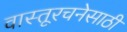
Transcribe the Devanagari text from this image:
वास्तूरचनेसाठी